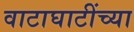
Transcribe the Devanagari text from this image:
वाटाघाटींच्या